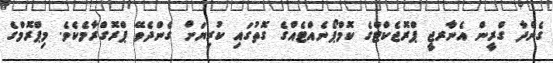
ގެންދާ ގްރީން އެނާރޖީ ޕްރޮޖެކްޓްގެ ކޮމްޕޯނެއްޓެއްގެ ގޮތުގައި ކުރިޔަށް ގެންދެވޭ ޕްރޮގްރާމެކެވެ. މިޕްރޮމްގެ